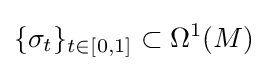
\{\sigma _{t}\}_{t\in [0,1]}\subset \Omega ^{1}(M)